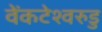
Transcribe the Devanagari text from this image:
वेंकटेश्वरुडु